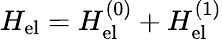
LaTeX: H_{\mathrm{el}}=H_{\mathrm{el}}^{(0)}+H_{\mathrm{el}}^{(1)}